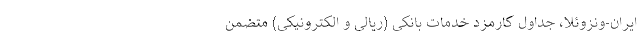
ایران-ونزوئلا، جداول کارمزد خدمات بانکی (ریالی و الکترونیکی) متضمن